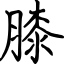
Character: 膝